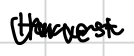
Text: Harvest
Cross-out: zig-zag
Writing tool: digital_black